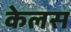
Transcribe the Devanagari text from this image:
केलस